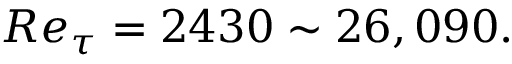
R e _ { \tau } = 2 4 3 0 \sim 2 6 , 0 9 0 .